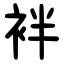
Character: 袢